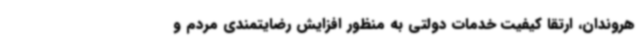
هروندان، ارتقا کیفیت خدمات دولتی به منظور افزایش رضایتمندی مردم و